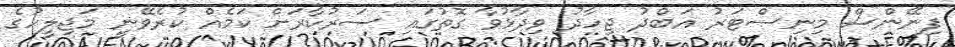
ފިނޭންސް މިނިސްޓަރު އަބްދު ޖިހާދު ވިދާޅުވާ ގޮތުގައި ސަރުކާރަށް ކަމެއް ކުރެވޭނީ މަޖިލީހުގެ